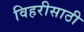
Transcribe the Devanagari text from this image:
विहरीसाठी